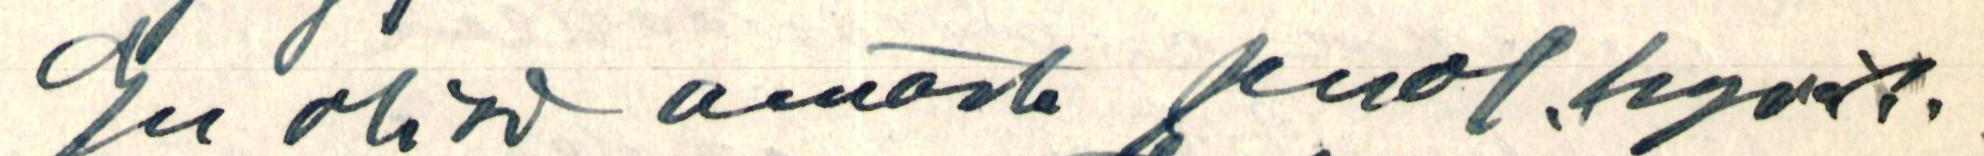
en olisi omasta puol.hyväk.